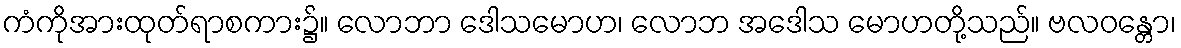
ကံကိုအားထုတ်ရာစကား၌။ လောဘာ ဒေါသမောဟ၊ လောဘ အဒေါသ မောဟတို့သည်။ ဗလဝန္တော၊